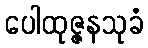
ပေါထုဇ္ဇနသုခံ